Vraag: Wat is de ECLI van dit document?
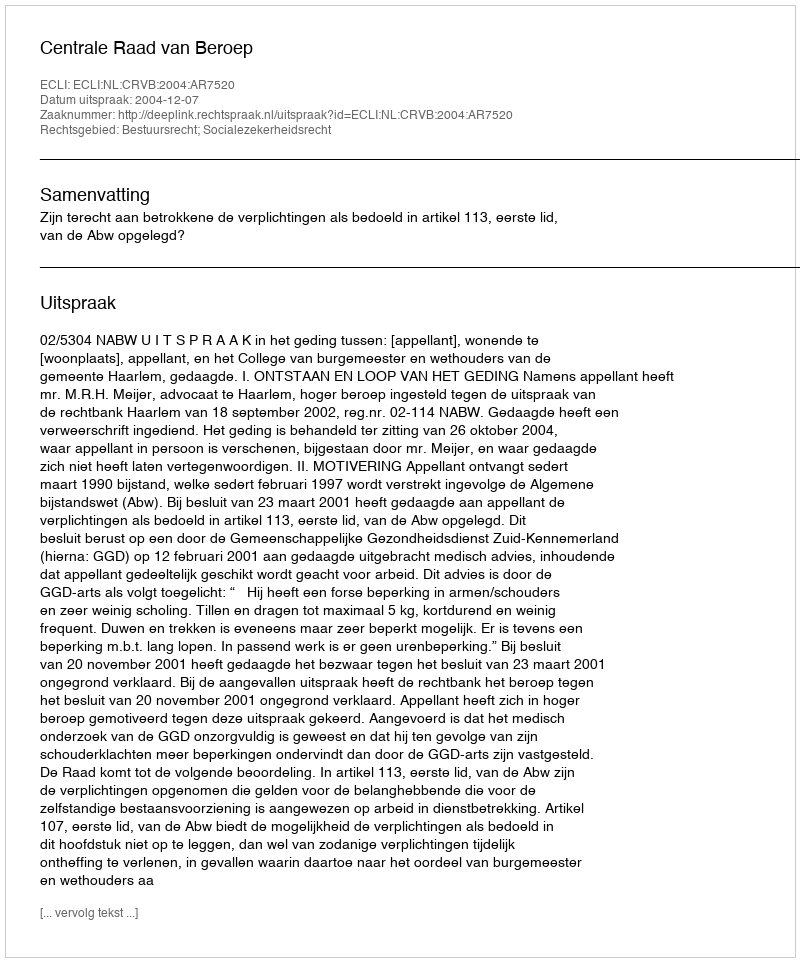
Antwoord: ECLI:NL:CRVB:2004:AR7520